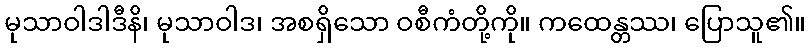
မုသာဝါဒါဒီနိ၊ မုသာဝါဒ၊ အစရှိသော ဝစီကံတို့ကို။ ကထေန္တဿ၊ ပြောသူ၏။